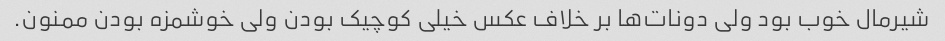
شیرمال خوب بود ولی دونات‌ها بر خلاف عکس خیلی کوچیک بودن ولی خوشمزه بودن ممنون.